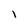
Character: 1